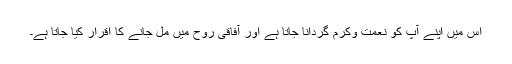
اس میں اپنے آپ کو نعمت وکرم گردانا جاتا ہے اور آفاقی روح میں مل جانے کا اقرار کیا جاتا ہے۔